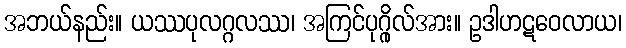
အဘယ်နည်း။ ယဿပုလဂ္ဂလဿ၊ အကြင်ပုဂ္ဂိုလ်အား။ ဥဒါဟဋဝေလာယ၊